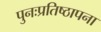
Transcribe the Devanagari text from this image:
पुनःप्रतिष्ठापना